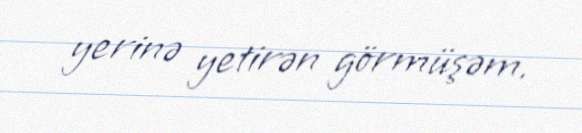
yerinə yetirən görmüşəm.